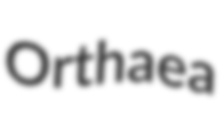
Orthaea